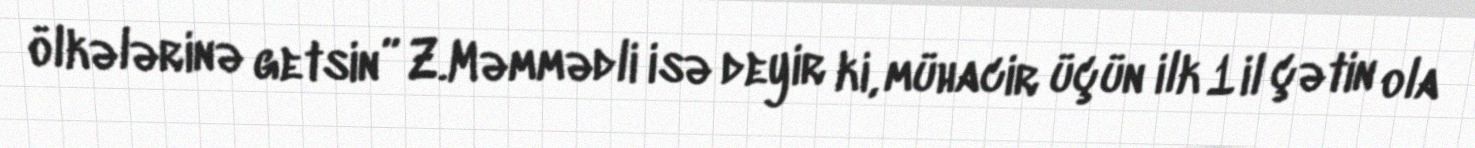
ölkələrinə getsin” Z.Məmmədli isə deyir ki, mühacir üçün ilk 1 il çətin ola